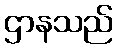
ဌာနသည်